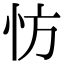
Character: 㤃